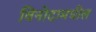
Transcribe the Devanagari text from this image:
विनोदामधील